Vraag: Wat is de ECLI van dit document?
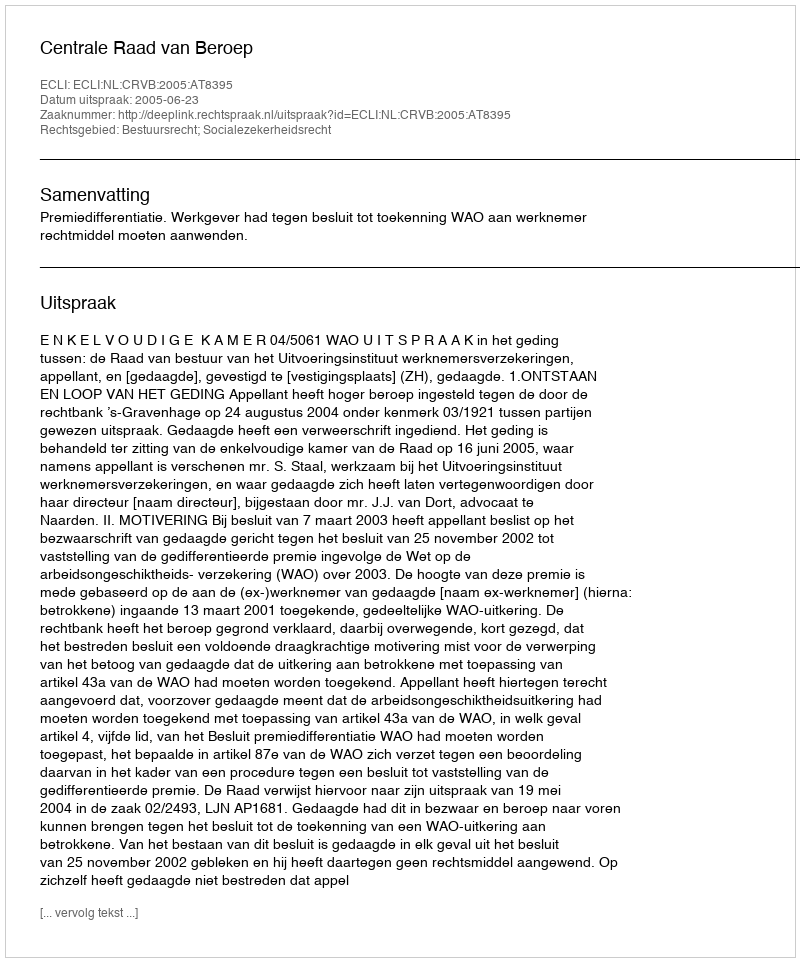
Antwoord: ECLI:NL:CRVB:2005:AT8395